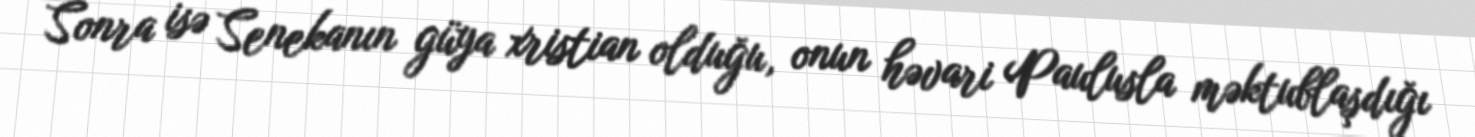
Sonra isə Senekanın güya xristian olduğu, onun həvari Paulusla məktublaşdığı